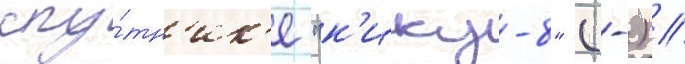
спу́тн'ик'е "к'ику-8" (-) //